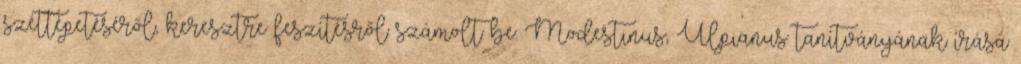
széttépetéséről, keresztre feszítésről számolt be. Modestinus, Ulpianus tanítványának írása